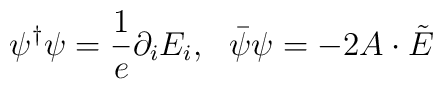
\psi^\dagger\psi=\frac{1}{e}\partial_iE_i, \ \ \bar\psi\psi=-2A\cdot\tilde E